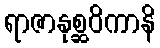
ရာဇာနုစ္ဆဝိကာနိ